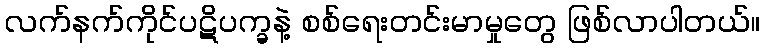
လက်နက်ကိုင်ပဋိပက္ခနဲ့ စစ်ရေးတင်းမာမှုတွေ ဖြစ်လာပါတယ်။